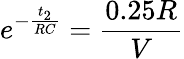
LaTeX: e^{-\frac{t_{2}}{RC}}=\frac{0.25R}{V}